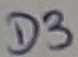
Text: D3